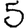
Digit: 5